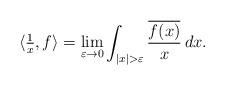
LaTeX: \begin{align*}\langle \tfrac{1}{x}, f \rangle = \lim_{\varepsilon \to 0} \int_{|x| > \varepsilon} \frac{\overline{f(x)}}{x} \, dx.\end{align*}